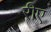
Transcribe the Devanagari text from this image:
रीए